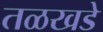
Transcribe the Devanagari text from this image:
तळखडे